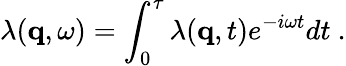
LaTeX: \lambda(\mathbf{q},\omega)=\int_{0}^{\tau}\lambda(\mathbf{q},t)e^{-i\omega t}dt\ .